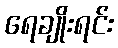
ရေချိုးရင်း